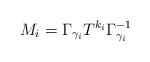
LaTeX: \begin{align*}M_i= \Gamma_{\gamma_i} T^{k_i} \Gamma_{\gamma_i}^{-1}\end{align*}